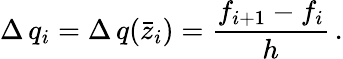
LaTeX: \Delta\, q_{i}=\Delta\, q(\bar{z}_{i})=\frac{f_{i+1}-f_{i}}{h}\, .